Calcutta medical institutions reports 1871-78
Year: 1871
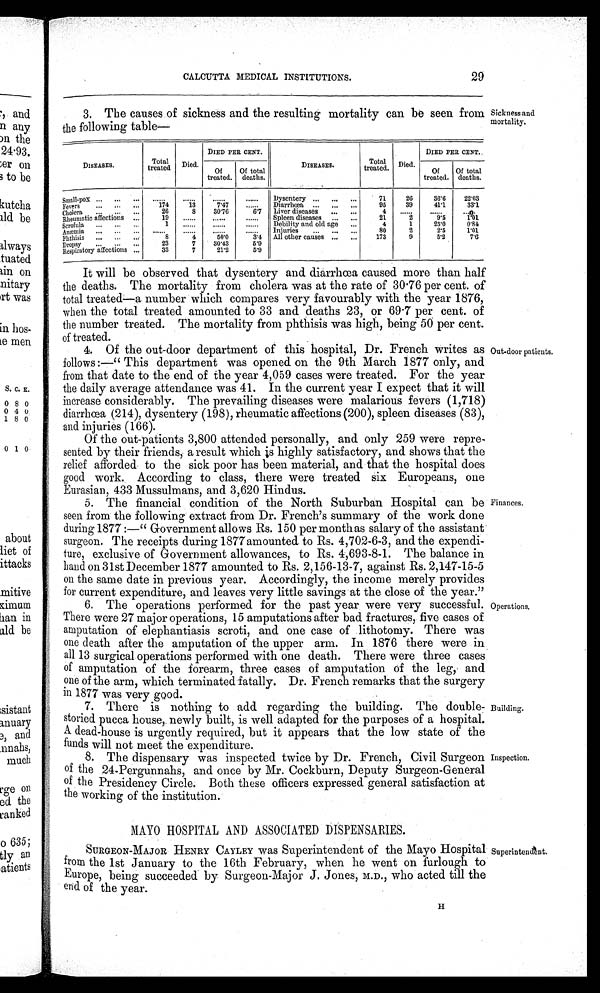
CALCUTTA MEDICAL INSTITUTIONS.
29
3. The causes of sickness and the resulting mortality can be seen from
the following table—.
DIED PER CENT.
DIED PER CENT.
DISEASES.
Total
treated Died.
Total
DISEASES.
treated. Died.
Of
treated. Of total
deaths.
Of
treated. Of total
deaths.
Small-pox..
Dysentery . . .
. . .
. . .
7 1 26 36.6 22. 03
Fevers „. . . ... 174 13 7' 47 ... . . Diarrhoea ... ... ,.. 95 39 411 331
Cholera ... ...
26
8 30' 76
. . Liver diseases ... ...
4
Rheumatic affections...
Scrofula ... ... . ::
1
Spleen diseases .. ... 21
Debility and. old. aged . . .
4 2 1
9' 5 2 5 . 0 1 01
0' 54
Anæmia
5 0
rlit o ir tsr
.
... .
... .
2
2' 5
1 ' 0 1
Phthisis ... ...
8
4 50' 0
34
causes
173 9
5' 2
7' 6
Dropsy ... ...
23
7 . 30' 43
5' 9
Respiratory affections ... 33
7 21' 2
5' 9
It will be observed that dysentery and diarrhœa caused more than half
the deaths. The mortality from cholera was at the rate of 30 .76 per cent. of
total treated—a number which compares very favourably with the year 1876,
when the total treated amounted to 33 and deaths 23, or 69.7 per cent. of
the number treated. The mortality from phthisis was high, being 50 per cent.
of treated.
4. Of the out-door department of this hospital, Dr. French writes as
follows:—" This department was opened on the 9th March 1877 only, and
from that date to the end of the year 4,059 cases were treated. For the year
the daily average attendance was 41. In the current year I expect that it will
increase considerably. The prevailing diseases were malarious fevers (1,718)
diarrhœa (214), dysentery (198), rheumatic affections (200), spleen diseases (83),
and injuries (166).
Of the out-patients 3,800 attended personally,and only 259 were repre-
sented by their friends, a result which is highly satisfactory, and shows that the
relief afforded to the sick poor has been material, and that the hospital does
good work. According to class, there were treated six Europeans, one
Eurasian, 433 Mussulmans, and 3,620 Hindus.
5. The financial condition of the North Suburban Hospital can be
seen from the following extract from Dr. French's summary of the work done
during 1877 :—" Government allows Rs. 150 per month as salary of the assistant
surgeon. The receipts during 1877amounted to Rs. 4,702-6-3, and the expendi--
ture, exclusive of Government allowances, to Rs. 4,693-8-1. The balance in
hand on 31st December 1877 amounted to Rs. 2,156-13-7, against Rs. 2,147-15-5
on the same date in previous year. Accordingly, the income merely provides
for current expenditure, and leaves very little savings at the close of the year."
6. The operations performed for the past year were very successful.
There were 27 major operations, 15 amputations after bad fractures, five cases of
amputation of elephantiasis scroti, and one case of lithotomy. There was
one death after the amputation of the upper arm. In 1876 there were in
all 13 surgical operations performed with one death. There were three cases
of amputation of the forearm, three cases of amputation of the leg, and
one of the arm, which terminated fatally. Dr. French remarks that the surgery
in 1877 was very good.
7. There is nothing to add regarding the building. The double-
storied pucca house, newly built, is well adapted for the purposes of a hospital.
A dead-house is urgently required, but it appears that the low state of the
funds will not meet the expenditure.
8. The dispensary was inspected twice by Dr. French, Civil Surgeon
of the 24-Pergunnahs, and once by Mr. Cockburn, Deputy Surgeon-General
of the Presidency Circle. Both these officers expressed general satisfaction at
the working of the institution.
MAYO HOSPITAL AND ASSOCIATED DISPENSARIES.
SURGEON-MAJOR HENRY CAYLEY was Superintendent of the Mayo Hospital
from the 1st January to the 16th February, when he went on furlough to
Europe, being succeeded by Surgeon-Major J. Jones, M.D., who acted till the
end of the year.
Sickness and
mortality.
Out-door patients.
Finances.
Operations.
Building.
Inspection.
Superintendents.